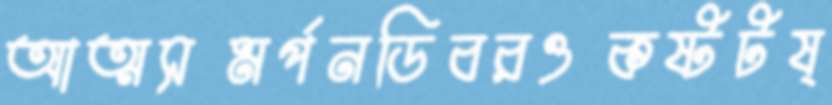
আত্মসমর্পনডিবরওকষ্টটষ্